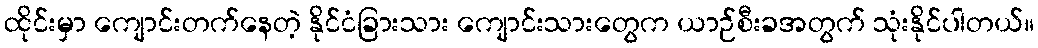
ထိုင်းမှာ ကျောင်းတက်နေတဲ့ နိုင်ငံခြားသား ကျောင်းသားတွေက ယာဉ်စီးခအတွက် သုံးနိုင်ပါတယ်။